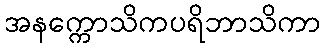
အနက္ကောသိကပရိဘာသိကာ